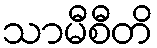
သာမီစီတိ